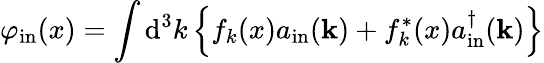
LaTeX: \varphi_{\mathrm{in}}(x)=\int\mathrm{d}^{3}k\left\{ f_{k}(x)a_{\mathrm{in}}(\mathbf{k})+f_{k}^{*}(x)a_{\mathrm{in}}^{\dagger}(\mathbf{k})\right\}